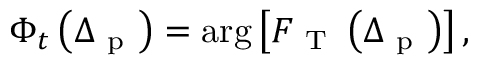
\Phi _ { t } \left( \Delta _ { \mathrm { ~ p ~ } } \right) = \arg \left[ F _ { \mathrm { ~ T ~ } } \left( \Delta _ { \mathrm { ~ p ~ } } \right) \right] ,